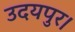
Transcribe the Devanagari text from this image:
उदयपुर।